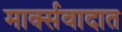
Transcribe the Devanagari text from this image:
मार्क्सवादात